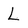
Character: L